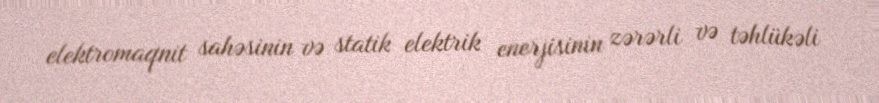
elektromaqnit sahəsinin və statik elektrik enerjisinin zərərli və təhlükəli